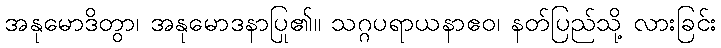
အနုမောဒိတွာ၊ အနုမောဒနာပြု၏။ သဂ္ဂပရာယနာဧဝ၊ နတ်ပြည်သို့ လားခြင်း